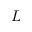
L